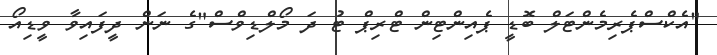
"އެކްސްޕެރިމެންޓަލް ބޮޑީ ޕެއިންޓިން ޓްރިޕް ޓު ދަ މޯލްޑިވްސް"ގެ ނަން ދީފައިވާ ވީޑިއޯ